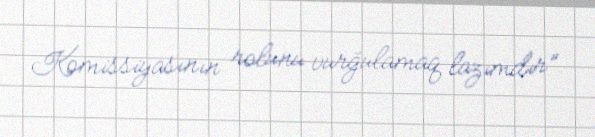
Komissiyasının rolunu vurğulamaq lazımdır”.